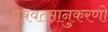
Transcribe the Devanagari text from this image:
वृषवत्सानुकरणो